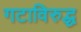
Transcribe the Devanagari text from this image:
गटाविरुद्ध